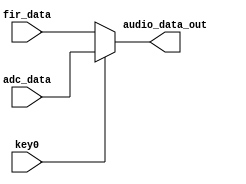
/* written by Zyy Zhou (22670661)
used to select the filtered or not filtered signal by pressing key0
*/
module select(
	//input signal
	input                     key0,
	input      [15:0]         adc_data,
	input      [15:0]         fir_data,
	//output signal
	output     [15:0]         audio_data_out
);

//main code
assign  audio_data_out = (key0==1'b1)? adc_data:fir_data;

endmodule